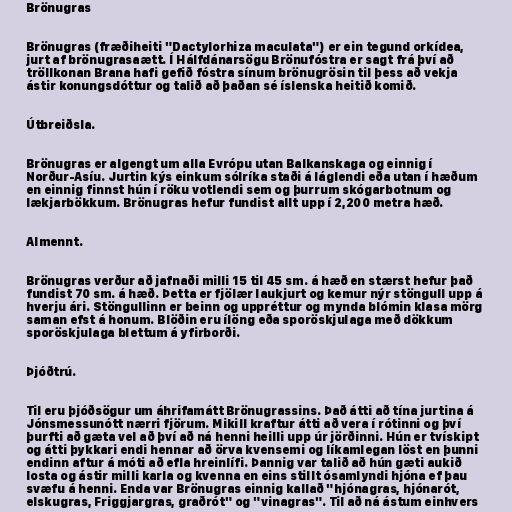
Brönugras

Brönugras (fræðiheiti "Dactylorhiza maculata") er ein tegund orkídea,
jurt af brönugrasaætt. Í Hálfdánarsögu Brönufóstra er sagt frá því að
tröllkonan Brana hafi gefið fóstra sínum brönugrösin til þess að vekja
ástir konungsdóttur og talið að þaðan sé íslenska heitið komið.

Útbreiðsla.

Brönugras er algengt um alla Evrópu utan Balkanskaga og einnig í
Norður-Asíu. Jurtin kýs einkum sólríka staði á láglendi eða utan í hæðum
en einnig finnst hún í röku votlendi sem og þurrum skógarbotnum og
lækjarbökkum. Brönugras hefur fundist allt upp í 2,200 metra hæð.

Almennt.

Brönugras verður að jafnaði milli 15 til 45 sm. á hæð en stærst hefur það
fundist 70 sm. á hæð. Þetta er fjölær laukjurt og kemur nýr stöngull upp á
hverju ári. Stöngullinn er beinn og uppréttur og mynda blómin klasa mörg
saman efst á honum. Blöðin eru ílöng eða sporöskjulaga með dökkum
sporöskjulaga blettum á yfirborði.

Þjóðtrú.

Til eru þjóðsögur um áhrifamátt Brönugrassins. Það átti að tína jurtina á
Jónsmessunótt nærri fjörum. Mikill kraftur átti að vera í rótinni og því
þurfti að gæta vel að því að ná henni heilli upp úr jörðinni. Hún er tvískipt
og átti þykkari endi hennar að örva kvensemi og líkamlegan löst en þunni
endinn aftur á móti að efla hreinlífi. Þannig var talið að hún gæti aukið
losta og ástir milli karla og kvenna en eins stillt ósamlyndi hjóna ef þau
svæfu á henni. Enda var Brönugras einnig kallað "hjónagras, hjónarót,
elskugras, Friggjargras, graðrót" og "vinagras". Til að ná ástum einhvers